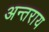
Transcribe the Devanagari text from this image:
अन्तराय